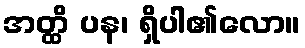
အတ္ထိ ပန၊ ရှိပါ၏လော။